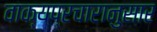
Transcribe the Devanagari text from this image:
वाक्यप्रचारानुसार